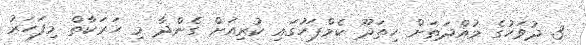
3 ދުވަހުގެ މުއްދަތަށް ހިތަދޫ ކެމްޕަހުގައި ކުރިއަށް ގެންދާ މި ހަރަކާތް މިފަހަރު